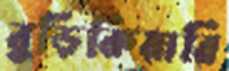
বুড়িকিয়ারি